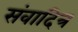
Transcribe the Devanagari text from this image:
संवादित्र